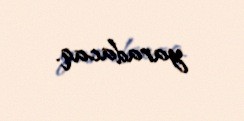
yaradacaq.